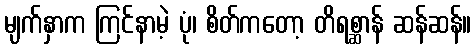
မျက်နှာက ကြင်နာမဲ့ ပုံ၊ စိတ်ကတော့ တိရစ္ဆာန် ဆန်ဆန်။